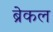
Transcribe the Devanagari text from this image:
ब्रेकल